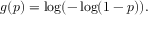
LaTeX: g ( p ) = \log ( - \log ( 1 - p ) ) .